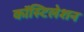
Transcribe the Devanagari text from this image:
कॉस्टिलेशन